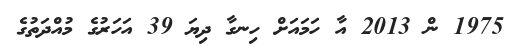
1975 ން 2013 އާ ހަމައަށް ހިނގާ ދިޔަ 39 އަހަރުގެ މުއްދަތުގެ